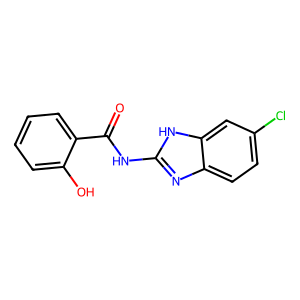
SMILES: O=C(Nc1nc2ccc(Cl)cc2[nH]1)c1ccccc1O
Inhibits HIV replication: No